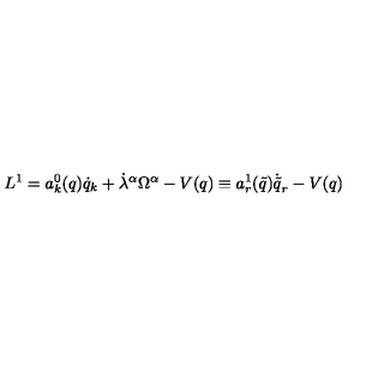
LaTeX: L ^ { 1 } = a _ { k } ^ { 0 } ( q ) \dot { q } _ { k } + { \dot { \lambda } } ^ { \alpha } \Omega ^ { \alpha } - V ( q ) \equiv a _ { r } ^ { 1 } ( { \tilde { q } } ) { \dot { \tilde { q } } } _ { r } - V ( q )